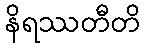
နိရဿတီတိ